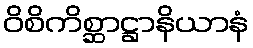
ဝိစိကိစ္ဆာဋ္ဌာနိယာနံ